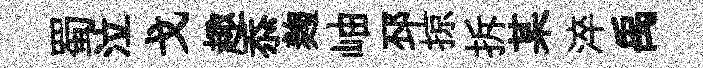
蜀泣戈趣忝麹岫邳掠拆某淬禹